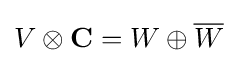
V\otimes \mathbf {C} =W\oplus {\overline {W}}